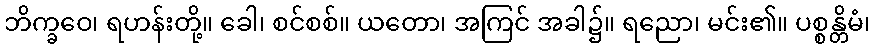
ဘိက္ခဝေ၊ ရဟန်းတို့။ ခေါ၊ စင်စစ်။ ယတော၊ အကြင် အခါ၌။ ရညော၊ မင်း၏။ ပစ္စန္တိမံ၊